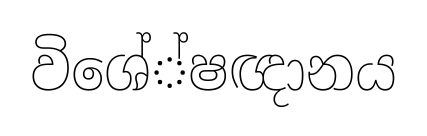
විශේ්ෂඥානය